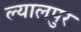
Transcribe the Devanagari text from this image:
ल्यालपुर